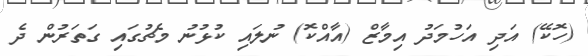
(ހޮކޭ) އަދި އަހުމަދު އިމާޒް (އާއްކޮ) ނުލައި ކުޅުނު މެޗުގައި ގަތަރުން ދެ